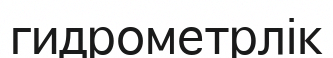
гидрометрлік